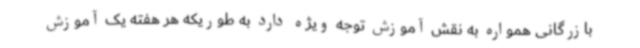
بازرگانی همواره به نقش آموزش توجه ویژه دارد به طوریکه هر هفته یک آموزش